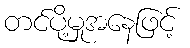
တင်ပို့မှုအနေဖြင့်